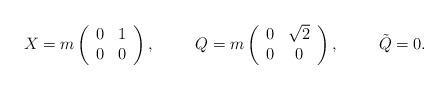
LaTeX: \begin{align*}X = m \left(\begin{array}{cc} 0 & 1 \\ 0 & 0 \end{array} \right), \hspace{1cm}Q = m \left(\begin{array}{cc} 0 & \sqrt{2} \\ 0 & 0 \end{array} \right), \hspace{1cm} \tilde{Q} =0.\end{align*}